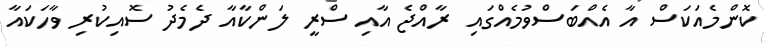
ކޮންމެއަކަސް އާ އެއްބަސްވުމެއްގައި ރާއްޖެ އާއި ސްރީ ލަންކާއާ ދެމެދު ސޮއިކުރި ވާހަކައާ